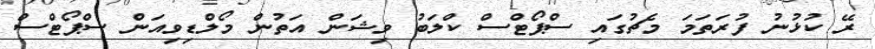
ރޭ ކުޅުނު ފުރަތަމަ މެޗުގައި ސްޕޯޓްސް ކްލަބު ވިޝަން އަތުން މޯލްޑިވިއަން ސްޕޯޓްސް